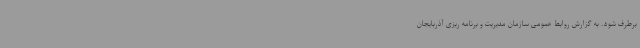
برطرف شود. به گزارش روابط عمومی سازمان مدیریت و برنامه ریزی آذربایجان